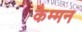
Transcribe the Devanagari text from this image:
कैम्मन